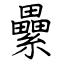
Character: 纍